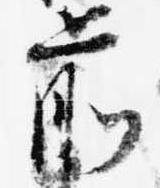
前